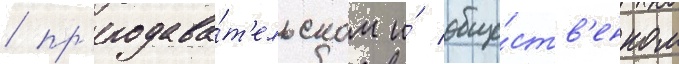
/ пр'еподава́т'ельском и́ обще́ств'енном